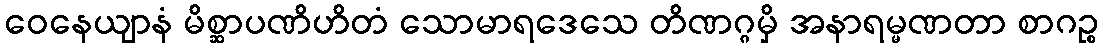
ဝေနေယျာနံ မိစ္ဆာပဏိဟိတံ သောမာရဒေသေ တိဏဂ္ဂမှိ အနာရမ္မဏတာ စာဂဉ္စ